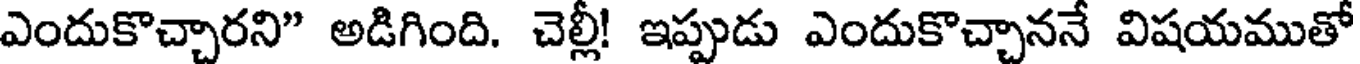
ఎందుకొచ్చారని" అడిగింది. చెల్లీ! ఇప్పుడు ఎందుకొచ్చాననే విషయముతో